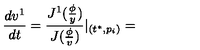
\frac { d v ^ { 1 } } { d t } = \frac { J ^ { 1 } ( \frac \phi y ) } { J ( \frac \phi v ) } | _ { ( t ^ { * } , p _ { i } ) } =